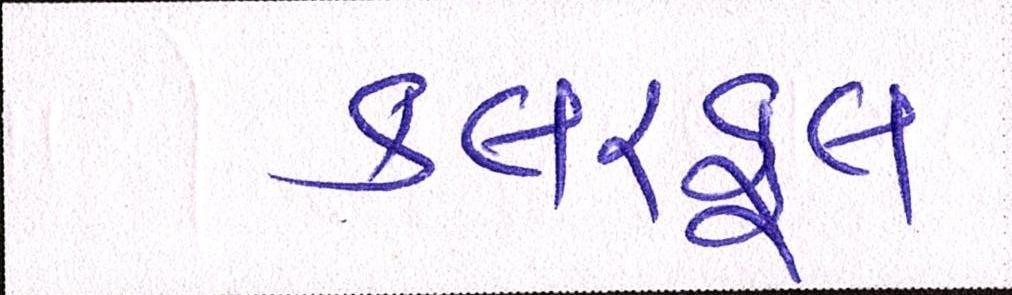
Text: કલરફૂલ